Lunatic asylums Punjab 1881-1894 - 1881-1894
Year: 1881
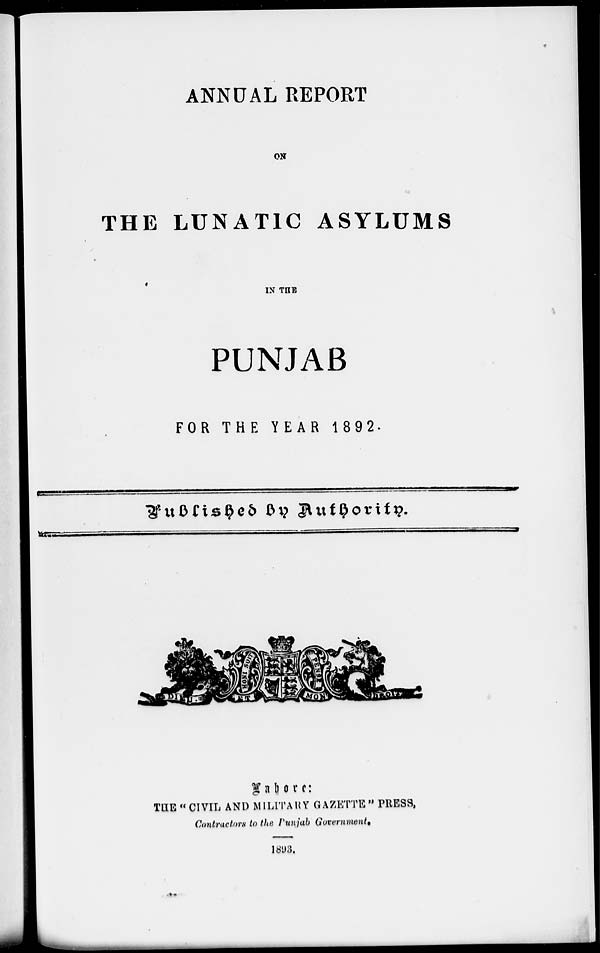
ANNUAL REPORT
ON
THE LUNATIC ASYLUMS
IN THE
PUNJAB
FOR THE YEAR 1892.
Published
by
Authority.
Lahore:
THE "CIVIL AND MILITARY GAZETTE" PRESS,
Contractors to the Punjab Government.
1893.